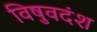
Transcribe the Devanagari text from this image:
विषुवदंश